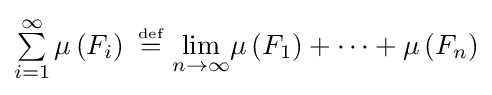
\textstyle \sum \limits _{i=1}^{\infty }\mu \left(F_{i}\right)~{\stackrel {\scriptscriptstyle {\text{def}}}{=}}~{\displaystyle \lim _{n\to \infty }}\mu \left(F_{1}\right)+\cdots +\mu \left(F_{n}\right)